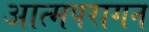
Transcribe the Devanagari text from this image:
आत्मपरागन